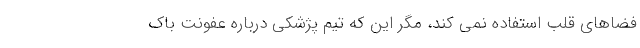
فضاهای قلب استفاده نمی کند، مگر این که تیم پژشکی درباره عفونت باک